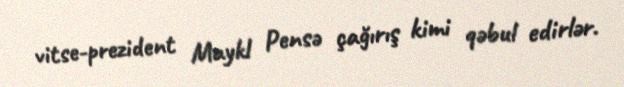
vitse-prezident Maykl Pensə çağırış kimi qəbul edirlər.